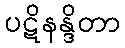
ပဋိနန္ဒိတာ